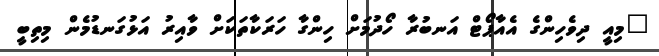
"މިއީ ދިވެހިންގެ އެއާޕޯޓް އަނބުރާ ހޯދުމަށް ހިންގާ ހަރަކާތަކަށް ވާއިރު އަޅުގަނޑުމެން މިތިބީ